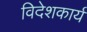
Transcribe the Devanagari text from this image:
विदेशकार्य